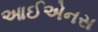
આઈએનસ